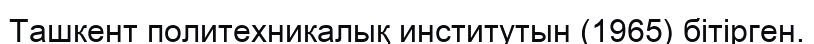
Ташкент политехникалық институтын (1965) бітірген.